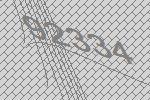
92334